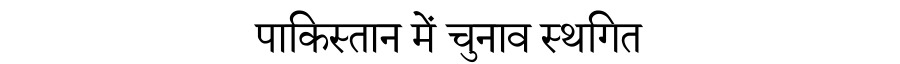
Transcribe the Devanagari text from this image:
पाकिस्तान में चुनाव स्थगित